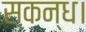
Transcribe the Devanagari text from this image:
स्कन्ध।